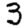
Digit: 3